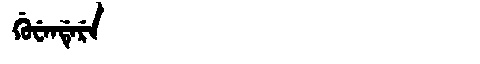
Manchu: ᡤᡠᠸᡝᠨᡩᡝᡵᡝ
Romanization: GUWENDERE